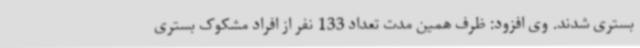
بستری شدند. وی افزود: ظرف همین مدت تعداد 133 نفر از افراد مشکوک بستری